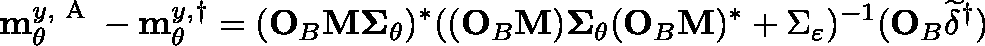
\mathbf { m } _ { \theta } ^ { y , \textup { A } } - \mathbf { m } _ { \theta } ^ { y , \dagger } = ( \mathbf { O } _ { B } \mathbf { M \Sigma } _ { \theta } ) ^ { \ast } ( ( \mathbf { O } _ { B } \mathbf { M } ) \mathbf { \Sigma } _ { \theta } ( \mathbf { O } _ { B } \mathbf { M } ) ^ { \ast } + \Sigma _ { \varepsilon } ) ^ { - 1 } ( \mathbf { O } _ { B } \widetilde { \delta } ^ { \dagger } )